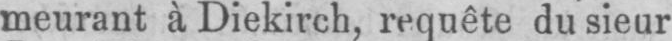
meurant à Diekirch, requête du sieur